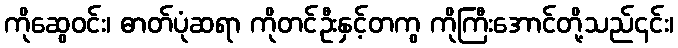
ကိုဆွေဝင်း၊ ဓာတ်ပုံဆရာ ကိုတင်ဦးနှင့်တကွ ကိုကြီးအောင်တို့သည်၄င်း၊